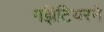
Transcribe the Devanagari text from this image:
गॕझेटियरने